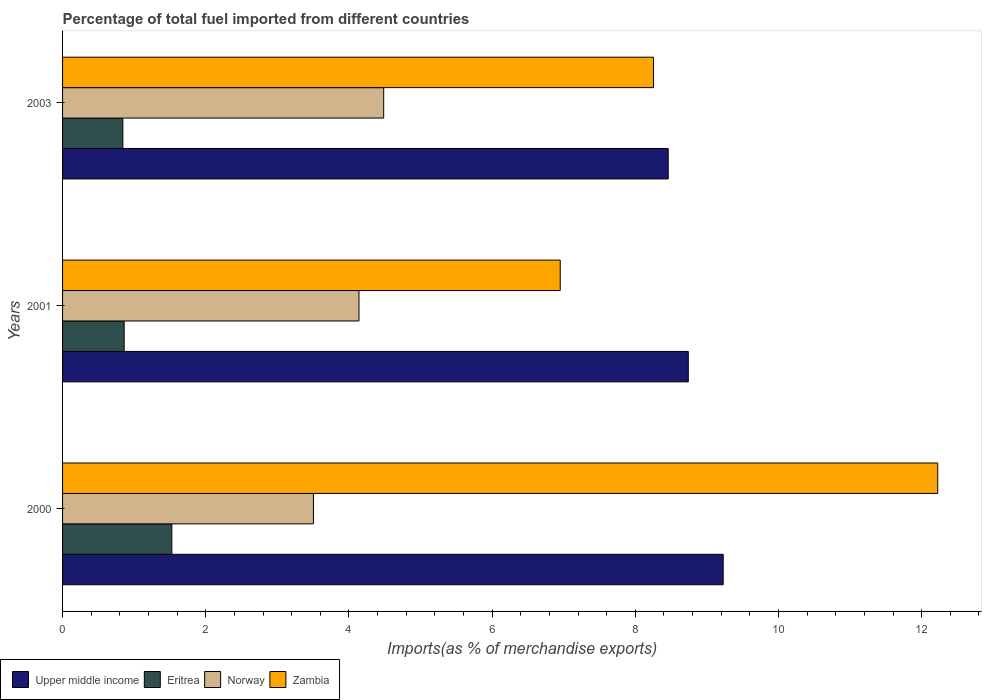
| Years | Upper middle income | Eritrea | Norway | Zambia |
 | --- | --- | --- | --- | --- |
 | 2000 | 9.23 | 1.53 | 3.5 | 12.2 |
 | 2001 | 8.74 | 0.86 | 4.14 | 6.95 |
 | 2003 | 8.46 | 0.842 | 4.49 | 8.25 |